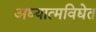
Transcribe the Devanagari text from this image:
अध्यात्मविद्येत